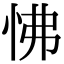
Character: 怫